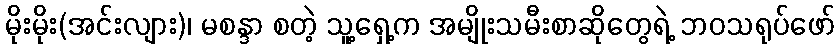
မိုးမိုး(အင်းလျား)၊ မစန္ဒာ စတဲ့ သူ့ရှေ့က အမျိုးသမီးစာဆိုတွေရဲ့ ဘဝသရုပ်ဖော်